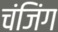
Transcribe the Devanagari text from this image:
चंजिंग